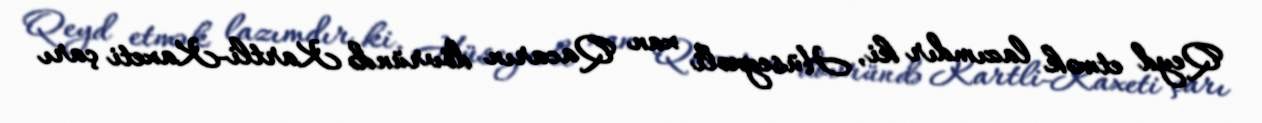
Qeyd etmək lazımdır ki, Hüseynəli xan Qacarın dövründə Kartli-Kaxeti çarı